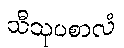
သီသုပစာလံ